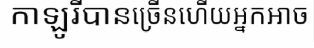
កាឡូរីបានច្រើនហើយអ្នកអាច